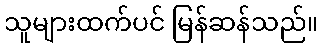
သူများထက်ပင် မြန်ဆန်သည်။